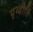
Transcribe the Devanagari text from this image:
पृथ्वीति